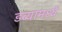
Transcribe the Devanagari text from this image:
डब्यामध्ये